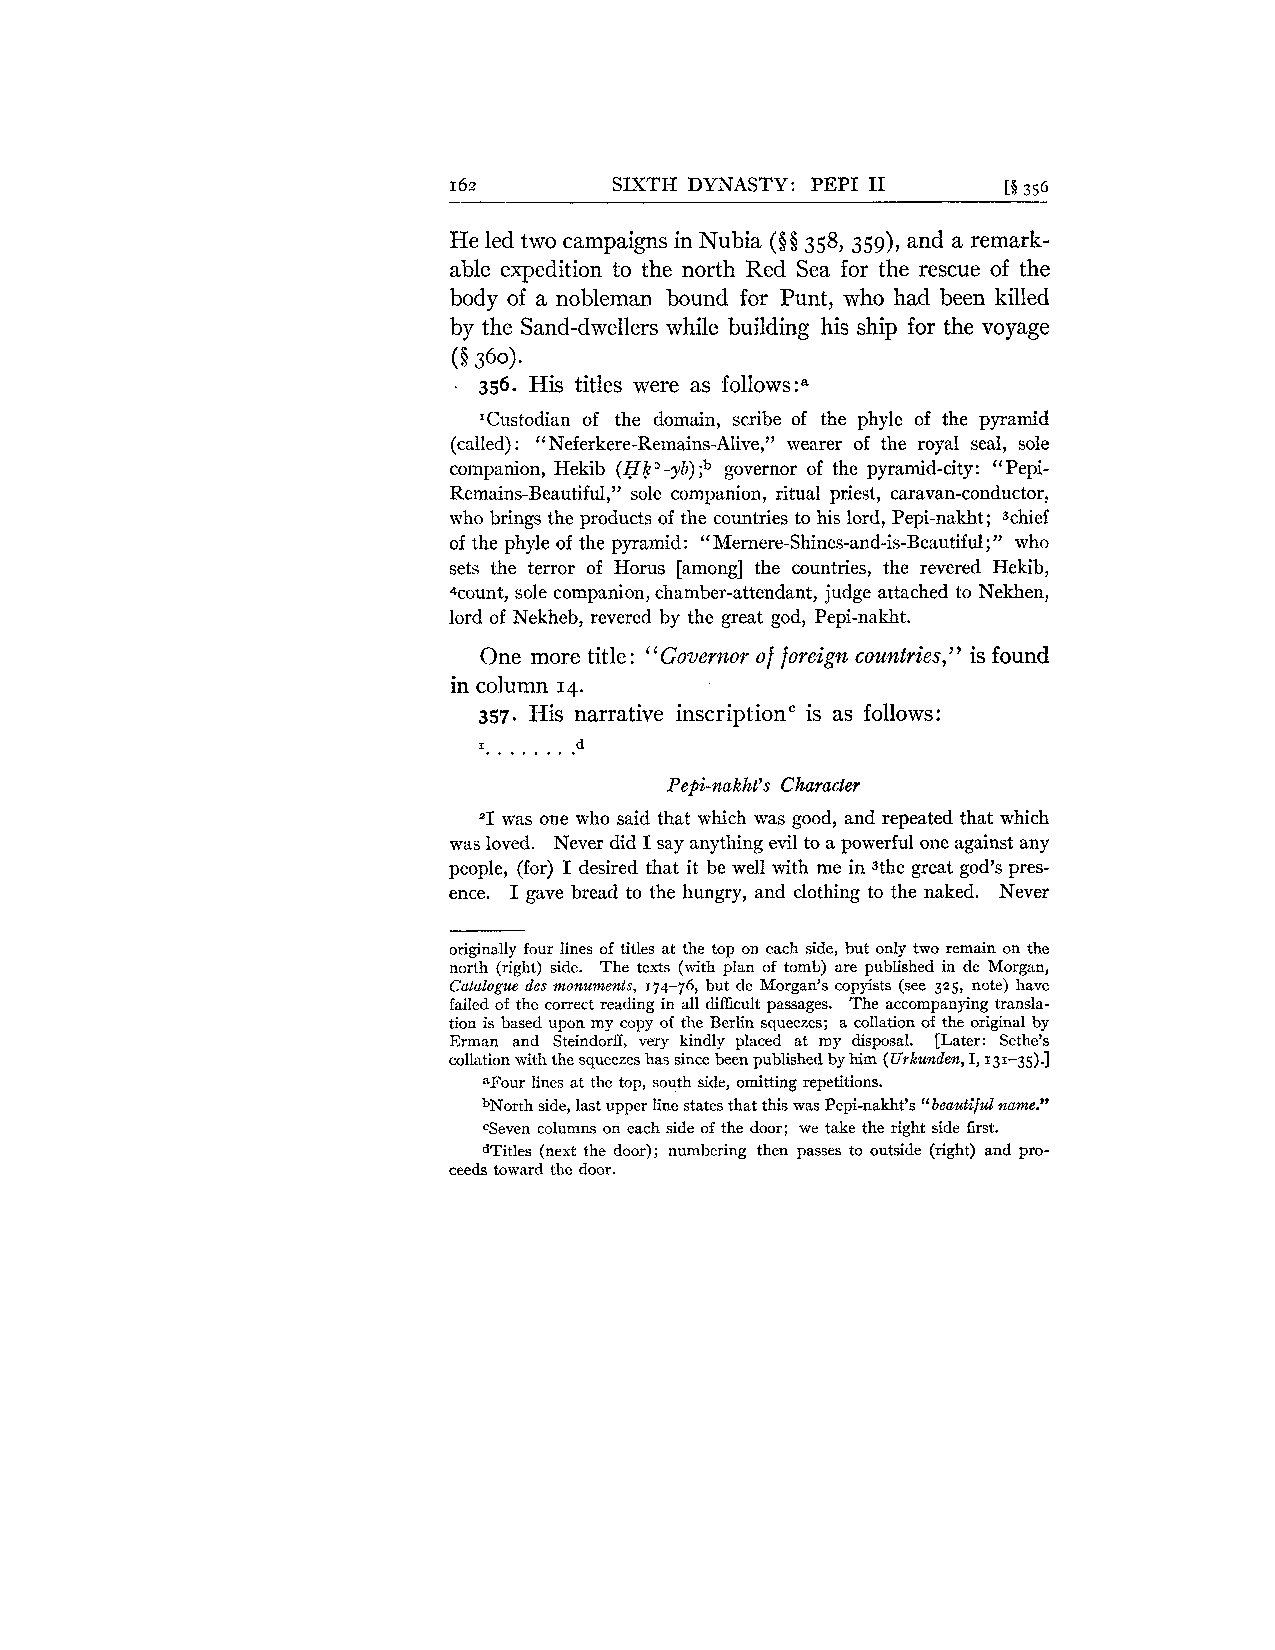
162        SIXTH DYNASTY: PEP1 I1    [S 356
 He led two campaigns in Nubia ($0 3~8,359a)n~d a remark-
 able expedition to the north Red Sea for the rescue of the
 body of a nobleman bound for Punt, who had been killed
 by the Sand-dwellers while building his ship for the voyage
 (0
 360).
 356. His titles were as follow^:^
 'Custodian of the domain, scribe of the phyle of the pyramid
 (called) : " Neferkere-Remains-Alive," wearer of the royal seal, sole
 companion, Hekib (Hk ' - yh) ;b governor of the pyramid-city : " Pepi-
 Remains-Beautiful," sole companion, ritual priest, caravan-conductor,
 who brings the products of the countries to his lord, Pepi-nakht; Jchief
 of the phyle of the pyramid: "Mernere-Shines-and-is-Beautiful;" who
 sets the terror of Horus [among] the countries, the revered Hekib,
 kount, sole companion, chamber-attendant, judge attached to Nekhen,
 lord of Nekheb, revered by the great god, Pepi-nakht.
 One more title : "Governor of foreign countries," is found
 in column 14.
 357. His narrative inscriptionc is as follows:
 . . . . . . .d
 I.
 Pepi-lzakht's Character
 "1 was one who said that which was good, and repeated that which
 was loved. Never did I say anything evil to a powerful one against any
 people, (for) I desired that it be well with me in sthe great god's pres-
 ence. I gave bread to the hungry, and clothing to the naked. Never
 originally four lines of titles at the top on each side, but only two remain on the
 north (right) side. The texts (with plan of tomb) are published in de Morgan,
 Catalogue des monuments, 174-76, but de Morgan's copyists (see 325, note) have
 failed of the correct reading in all difficult passages. The accompanying transla-
 tion is based upon my copy of the Berlin squeezes; a collation of the original by
 Erman and Steindorff, very kindly placed at my disposal. [Later: Sethe's
 collation with the squeezes has since been published by him (Urkunden, I, 131-35).]
 aFour lines at the top, south side, omitting repetitions.
 bNorth side, last upper line states that this was Pepi-nakht's " beauti]ul name."
 %even columns on each side of the door; we take the right side &st.
 dTitles (next the door); numbering then passes to outside (right) and pro-
 ceeds toward the door.